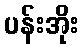
ပန်းအိုး